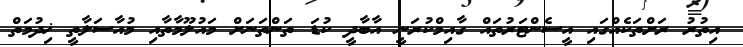
އިތުރު ރަށްތަކެއްގައި އީސެންޓަރުތައް ގާއިމްކުރަނީ އާބާދީ ކުޑަ ތަންތަނަށް މައުލޫމާތާއި މުއާސަލާތީ ޚިދުމަތް